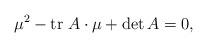
LaTeX: \begin{align*}\mu ^{2}-\mathrm{tr}\;A\cdot \mu +\det A=0, \end{align*}